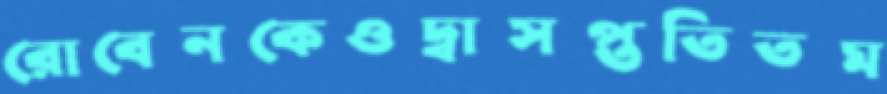
রোবেনকেওদ্বাসপ্ততিতম